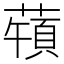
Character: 𦽀